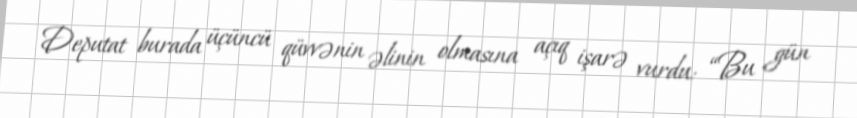
Deputat burada üçüncü qüvvənin əlinin olmasına açıq işarə vurdu: “Bu gün